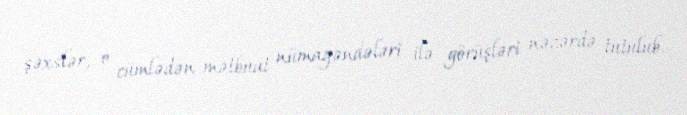
şəxslər, o cümlədən mətbuat nümayəndələri ilə görüşləri nəzərdə tutulub.